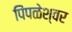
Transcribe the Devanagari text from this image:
पिंपळेश्‍वर